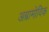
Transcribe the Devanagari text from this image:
अब्रामोविक